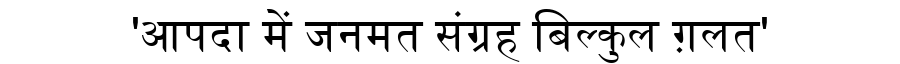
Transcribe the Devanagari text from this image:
'आपदा में जनमत संग्रह बिल्कुल ग़लत'